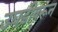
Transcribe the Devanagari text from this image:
उघडीवरून